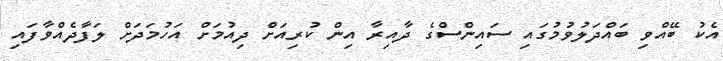
އެކު ބޭއްވި ބައްދަލުވުމުގައި ސައިންސްގެ ދާއިރާ އިން ކުރިއަށް ދިއުމަށް އަހުމަދަށް ލަފާދެއްވާފައި